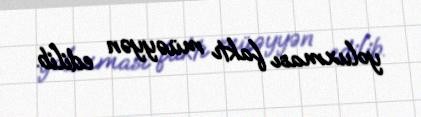
yoluxması faktı müəyyən edilib.